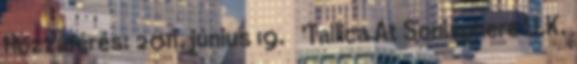
Hozzáférés: 2011. június 19. ↑ 'Tallica At Sonisphere U.K.